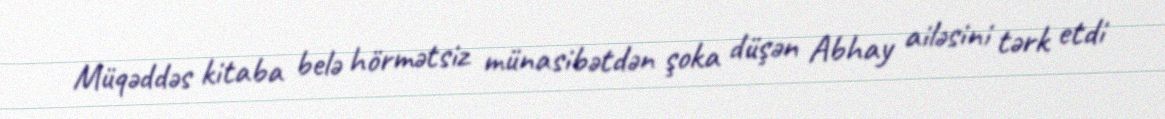
Müqəddəs kitaba belə hörmətsiz münasibətdən şoka düşən Abhay ailəsini tərk etdi